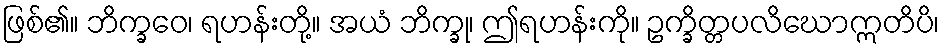
ဖြစ်၏။ ဘိက္ခဝေ၊ ရဟန်းတို့။ အယံ ဘိက္ခု၊ ဤရဟန်းကို။ ဥက္ခိတ္တပလိဃောဣတိပိ၊